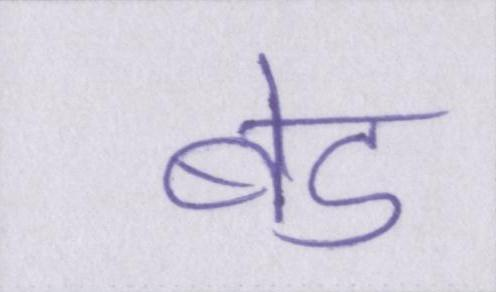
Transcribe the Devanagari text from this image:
बेड